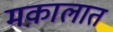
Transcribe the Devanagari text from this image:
मक़ालात